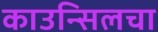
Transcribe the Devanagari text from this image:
काउन्सिलचा